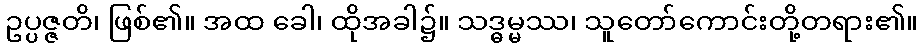
ဥပ္ပဇ္ဇတိ၊ ဖြစ်၏။ အထ ခေါ၊ ထိုအခါ၌။ သဒ္ဓမ္မဿ၊ သူတော်ကောင်းတို့တရား၏။